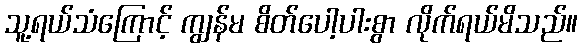
သူ့ရယ်သံကြောင့် ကျွန်မ စိတ်ပေါ့ပါးစွာ လိုက်ရယ်မိသည်။